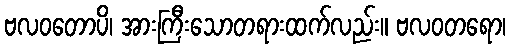
ဗလဝတောပိ၊ အားကြီးသောတရားထက်လည်း။ ဗလဝတရော၊